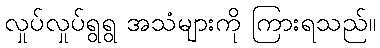
လှုပ်လှုပ်ရွရွ အသံများကို ကြားရသည်။